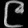
Digit: ၉